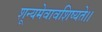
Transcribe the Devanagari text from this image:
शून्यमेवावशिष्यते।।